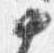
如